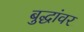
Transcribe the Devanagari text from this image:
बुद्धांवर